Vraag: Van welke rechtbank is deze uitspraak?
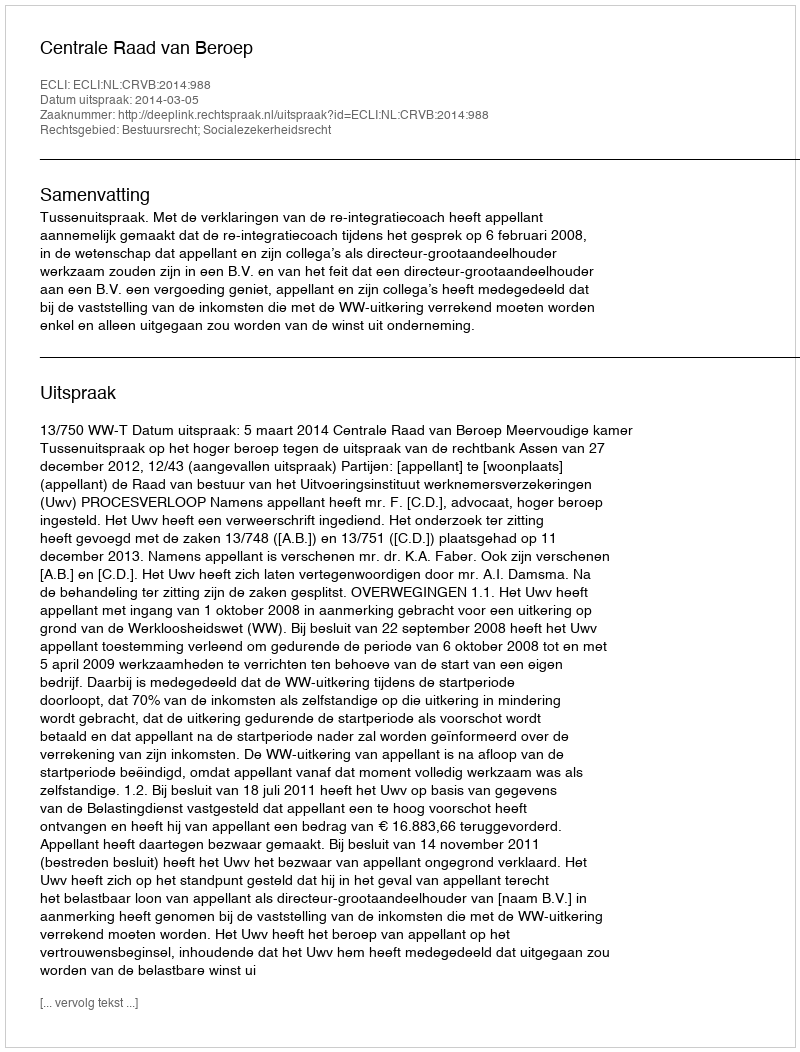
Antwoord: Centrale Raad van Beroep